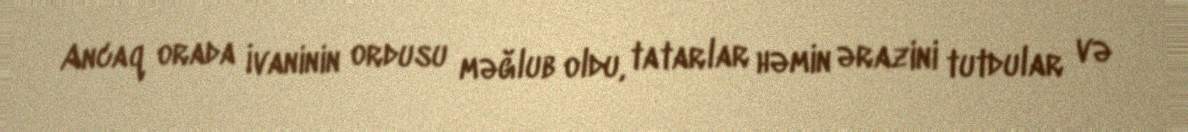
Ancaq orada İvaninin ordusu məğlub oldu, tatarlar həmin ərazini tutdular və